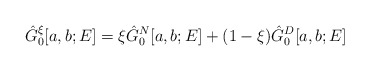
\begin{align*}\hat{G}_0^{\xi}[a, b; E] = \xi \hat{G}_0^N[a, b; E] + (1 - \xi) \hat{G}_0^D[a, b; E]\end{align*}